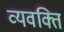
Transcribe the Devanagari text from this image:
व्यवक्ति